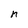
Character: n